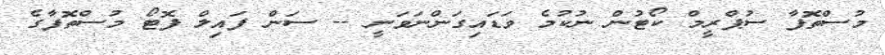
މުސްތޮފާ ސުޕްރީމް ކޯޓުން ނުކުމެ ވަޑައިގަންނަވަނީ -- ސަން ފައިލް ފޮޓޯ މުސްތޮފާގެ